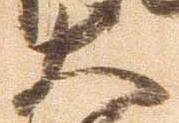
大